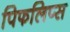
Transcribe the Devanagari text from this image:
पिफलिप्स